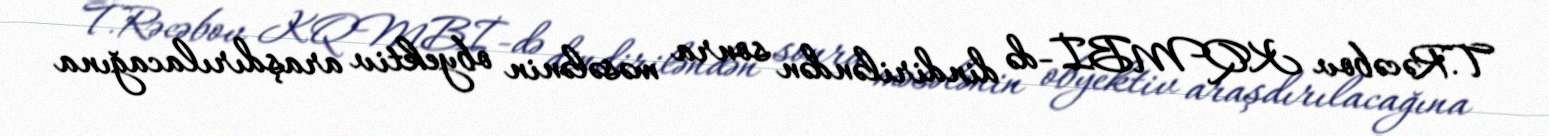
T.Rəcəbov KQMBİ-də dindiriləndən sonra məsələnin obyektiv araşdırılacağına